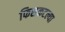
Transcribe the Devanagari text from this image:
फिसकटल्या